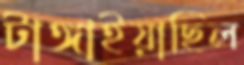
টাঙ্গাইয়াছিল